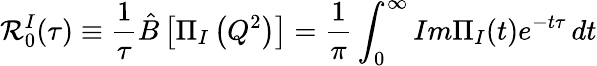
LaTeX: {\cal R}_{0}^{I}(\tau)\equiv\frac{1}{\tau}\hat{B}\left[\Pi_{I}\left(Q^{2}\right)\right]=\frac{1}{\pi}\int_{0}^{\infty}Im\Pi_{I}(t)e^{-t\tau}\, dt